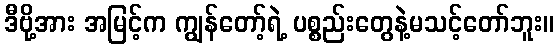
ဒီဗို့အား အမြင့်က ကျွန်တော့်ရဲ့ ပစ္စည်းတွေနဲ့မသင့်တော်ဘူး။